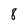
Character: 8